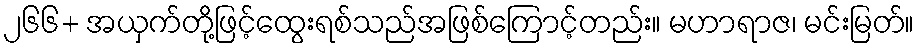
၂၆၆+ အယှက်တို့ဖြင့်ထွေးရစ်သည်အဖြစ်ကြောင့်တည်း။ မဟာရာဇ၊ မင်းမြတ်။